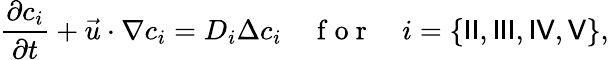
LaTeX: \frac{\partial c_{i}}{\partial t}+\vec{u}\cdot\nabla c_{i}=D_{i}\Delta c_{i}\quad\mathrm{~f~o~r~}\quad i=\{ {\sf II},{\sf III},{\sf IV},{\sf V}\} ,